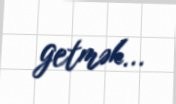
getmək...